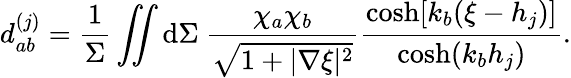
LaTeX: \mathcal{d}_{ab}^{(j)}=\frac{1}{\Sigma}\iint\mathrm{d}\Sigma~\frac{\chi_{a}\chi_{b}}{\sqrt{1+|\nabla\xi|^{2}}}\frac{\cosh[k_{b}(\xi-h_{j})]}{\cosh(k_{b}h_{j})}.